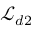
\mathcal { L } _ { d 2 }